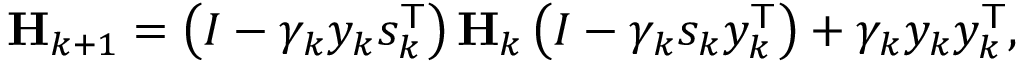
\mathbf { H } _ { k + 1 } = \left( I - \gamma _ { k } y _ { k } s _ { k } ^ { \mathsf { T } } \right) \mathbf { H } _ { k } \left( I - \gamma _ { k } s _ { k } y _ { k } ^ { \mathsf { T } } \right) + \gamma _ { k } y _ { k } y _ { k } ^ { \mathsf { T } } ,